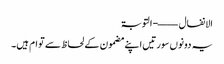
الانفال ——- التوبۃ
یہ دونوں سورتیں اپنے مضمون کے لحاظ سے توام ہیں۔